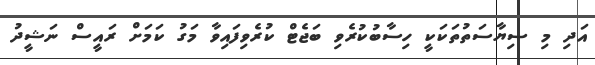
އަދި މި ސިޔާސަތުތަކަކީ ހިސާބުކުރެވި ބަޖެޓް ކުރެވިފައިވާ މަގު ކަމަށް ރައީސް ނަޝީދު